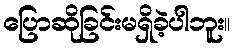
ပြောဆိုခြင်းမရှိခဲ့ပါဘူး။